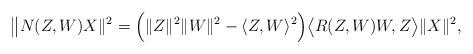
LaTeX: \begin{align*}\big{\|} N(Z,W)X\|^2= \Big{(} \|Z\|^2 \|W\|^2 - \langle Z,W \rangle^2 \Big{)} \big{\langle} R(Z,W)W,Z \big{\rangle} \|X\|^2,\end{align*}